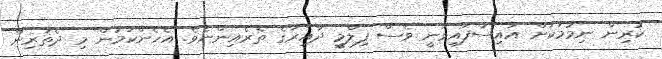
ކުރިން ނިމުމަކަށް އައިސްފައިވަނީ ވެސް ފިލްމީ ދާއިރާގެ ތެރެއިންނެވެ. އެހެންކަމުން މި ދެތަރިން